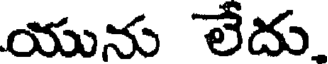
యును లేదు.